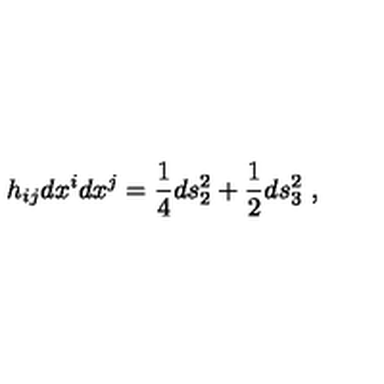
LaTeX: h _ { i j } d x ^ { i } d x ^ { j } = { \frac { 1 } { 4 } } d s _ { 2 } ^ { 2 } + { \frac { 1 } { 2 } } d s _ { 3 } ^ { 2 } \ ,